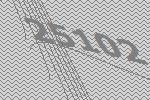
25102